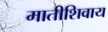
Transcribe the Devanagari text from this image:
मातीशिवाय